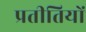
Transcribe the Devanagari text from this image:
प्रतीतियों